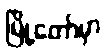
မြို့တော်မှာ